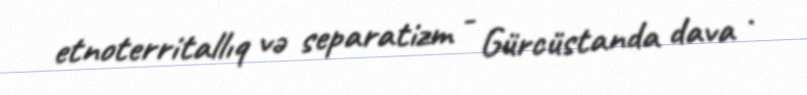
etnoterritallıq və separatizm - Gürcüstanda dava .